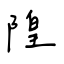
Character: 隍